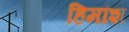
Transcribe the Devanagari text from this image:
हिमांश